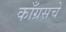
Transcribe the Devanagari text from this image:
काँग्रसचे